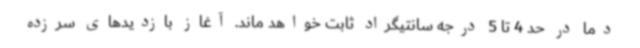
دما در حد 4 تا 5 درجه سانتیگراد ثابت خواهد ماند. آغاز بازدیدهای سرزده